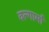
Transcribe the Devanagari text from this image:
वल्गार्मा